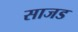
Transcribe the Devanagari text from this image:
साजड